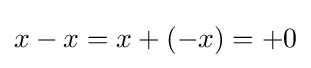
x-x=x+(-x)=+0\,\!